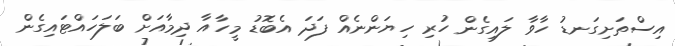
އިސްތަށިގަނޑު ހާވާ ލައިގެން ހުރި ހިޔަންނެއް ފަދަ އެބޮޑު މީހާއާ ދިމާއަށް ބަލަހައްޓައިގެން